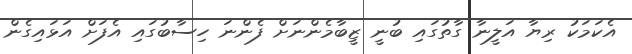
އެކަމަކު ރިޔާ އަލީނާ ގާތުގައި ބުނީ ޒީބާމެންނަށް ފެންނަ ހިސާބުގައި އެފަށް އަޅައިގެން